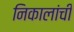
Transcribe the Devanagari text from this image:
निकालांची